Newspaper: The Anderson intelligencer. [volume]
Place of publication: Anderson Court House, S.C.
Publisher: J.C.C. Featherston and James A. Hoyt
Date: 1870-04-14 00:00:00
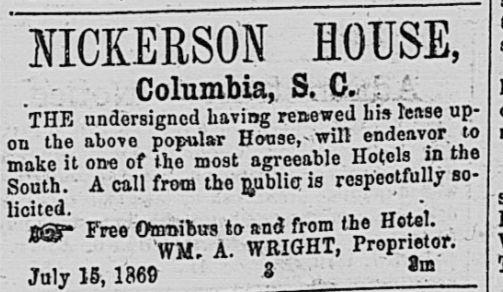
Advertisement text (OCR):
NICKERSON ROUSE, Columbia, S. C. THE undersigned having renewed his lease up? on the above popular House,-will endeavor to it one of the most agreeable Hotels in the A call from the miblio is respectfully so? licited. _' " ?3- Free Omnibus to and from the Hotel. WM. A. WRIGHT, Proprietor. im I
Label: text-only